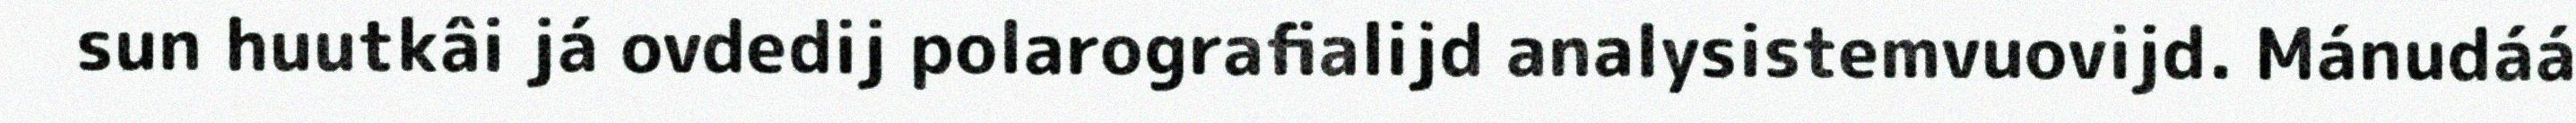
sun huutkâi já ovdedij polarografialijd analysistemvuovijd. Mánudáá